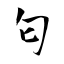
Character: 匂